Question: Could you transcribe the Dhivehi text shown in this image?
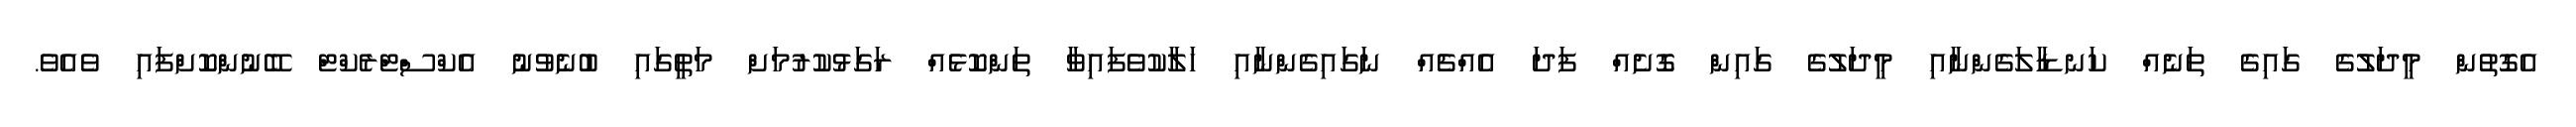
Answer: އެގޮތުން މީދަލުގެ ގައިގެ ތަނެއް ކަނޑާލަގެންނާއި މީދަލުގެ ގައިން ގޮށެއް ފަދަ އެއްޗެއް ނަގައިގެންނާއި ހަލާކުވެފައިވާ ތަންކޮޅެއް ރަގަޅުކުރުމަށް މަތީގައި ބުނެވުނު އެކްސްޓްރެކްޓް ބޭނުންކޮށްފައި ވެއެވެ.